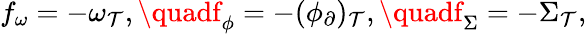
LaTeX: f_{\omega}=-\omega_{\mathcal{T}},\quadf_{\phi}=-(\phi_{\partial})_{\mathcal{T}},\quadf_{\Sigma}=-\Sigma_{\mathcal{T}},